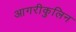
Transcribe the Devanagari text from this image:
आगरीकुलिन